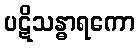
ပဋိသန္ဓာရကော